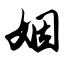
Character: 姻